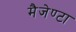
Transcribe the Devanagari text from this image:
मैजेण्टा